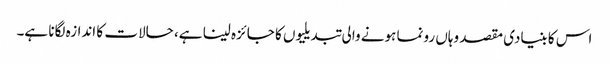
اس کا بنیادی مقصد وہاں رونما ہونے والی تبدیلیوں کا جائزہ لینا ہے، حالات کا اندازہ لگانا ہے۔